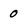
Character: 0